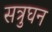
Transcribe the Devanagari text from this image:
सत्रुघन